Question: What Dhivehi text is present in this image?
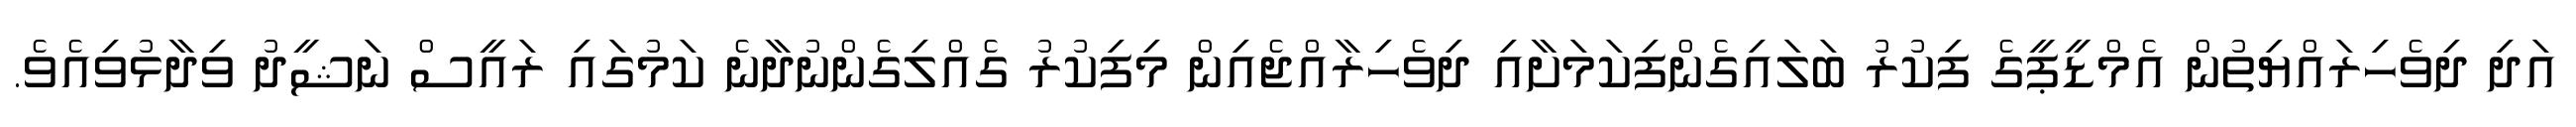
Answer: އަދި ދިވެހިރައްޔިތުން އެމްޑީޕީގެ ފިކުރު ބަލައިގެންފިކަމަށާއި ދިވެހިރާއްޖެއިން މިފިކުރު ގެއްލިގެންނުދާނެ ކަމުގައި ރައީސް ނަޝީދު ވިދާޅުވިއެވެ.